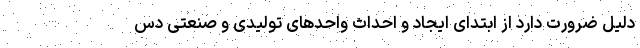
دلیل ضرورت دارد از ابتدای ایجاد و احداث واحدهای تولیدی و صنعتی دس